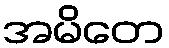
အမိတေ